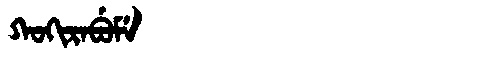
Manchu: ᡴᠣᡴᡳᡵᠠᠪᡠᠮᡝ
Romanization: KOKIRABUME